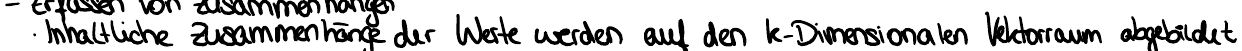
inhaltliche Zusammenhänge der Werte werden auf den k-Dimensionalen Vektorraum abgebildet